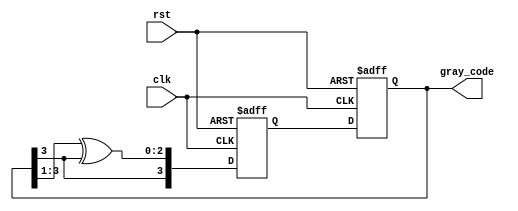
module gray_code_ring_counter (
    input wire clk,
    input wire rst,
    output reg [3:0] gray_code
);

reg [3:0] q_next;
reg [3:0] q_reg;

always @(posedge clk or posedge rst) begin
    if (rst) begin
        q_reg <= 4'b0000;
    end else begin
        q_reg <= q_next;
    end
end

always @(posedge clk or posedge rst) begin
    if (rst) begin
        q_next <= 4'b0001;
    end else begin
        q_next <= {q_reg[3], q_reg[3:1] ^ q_reg[3]};
    end
end

assign gray_code = q_reg;

endmodule